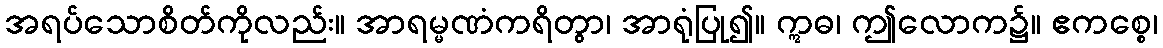
အရပ်သောစိတ်ကိုလည်း။ အာရမ္မဏံကရိတွာ၊ အာရုံပြု၍။ ဣဓ၊ ဤလောက၌။ ဧကစ္စေ၊